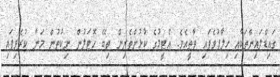
ގައިޑްލައިންތަކާއި ޚިލާފުވެފައި ވާތީއެވެ. އެޓީމުގެ ކުޅުންތެރިން ތިބޭ ހޮޓަލުން ނިކުތުން މަނާ ކުރެވިފައި